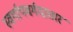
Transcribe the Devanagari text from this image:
स्वर्गापवर्गदातारं